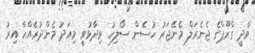
ވާދީ ގްރޫޕްގެ ޖެނެރަލް މެނޭޖަރު ހުސެން ސޯލިހު ވިދާޅުވީ މިއަދު މެންދުރެއްހާ އިރު